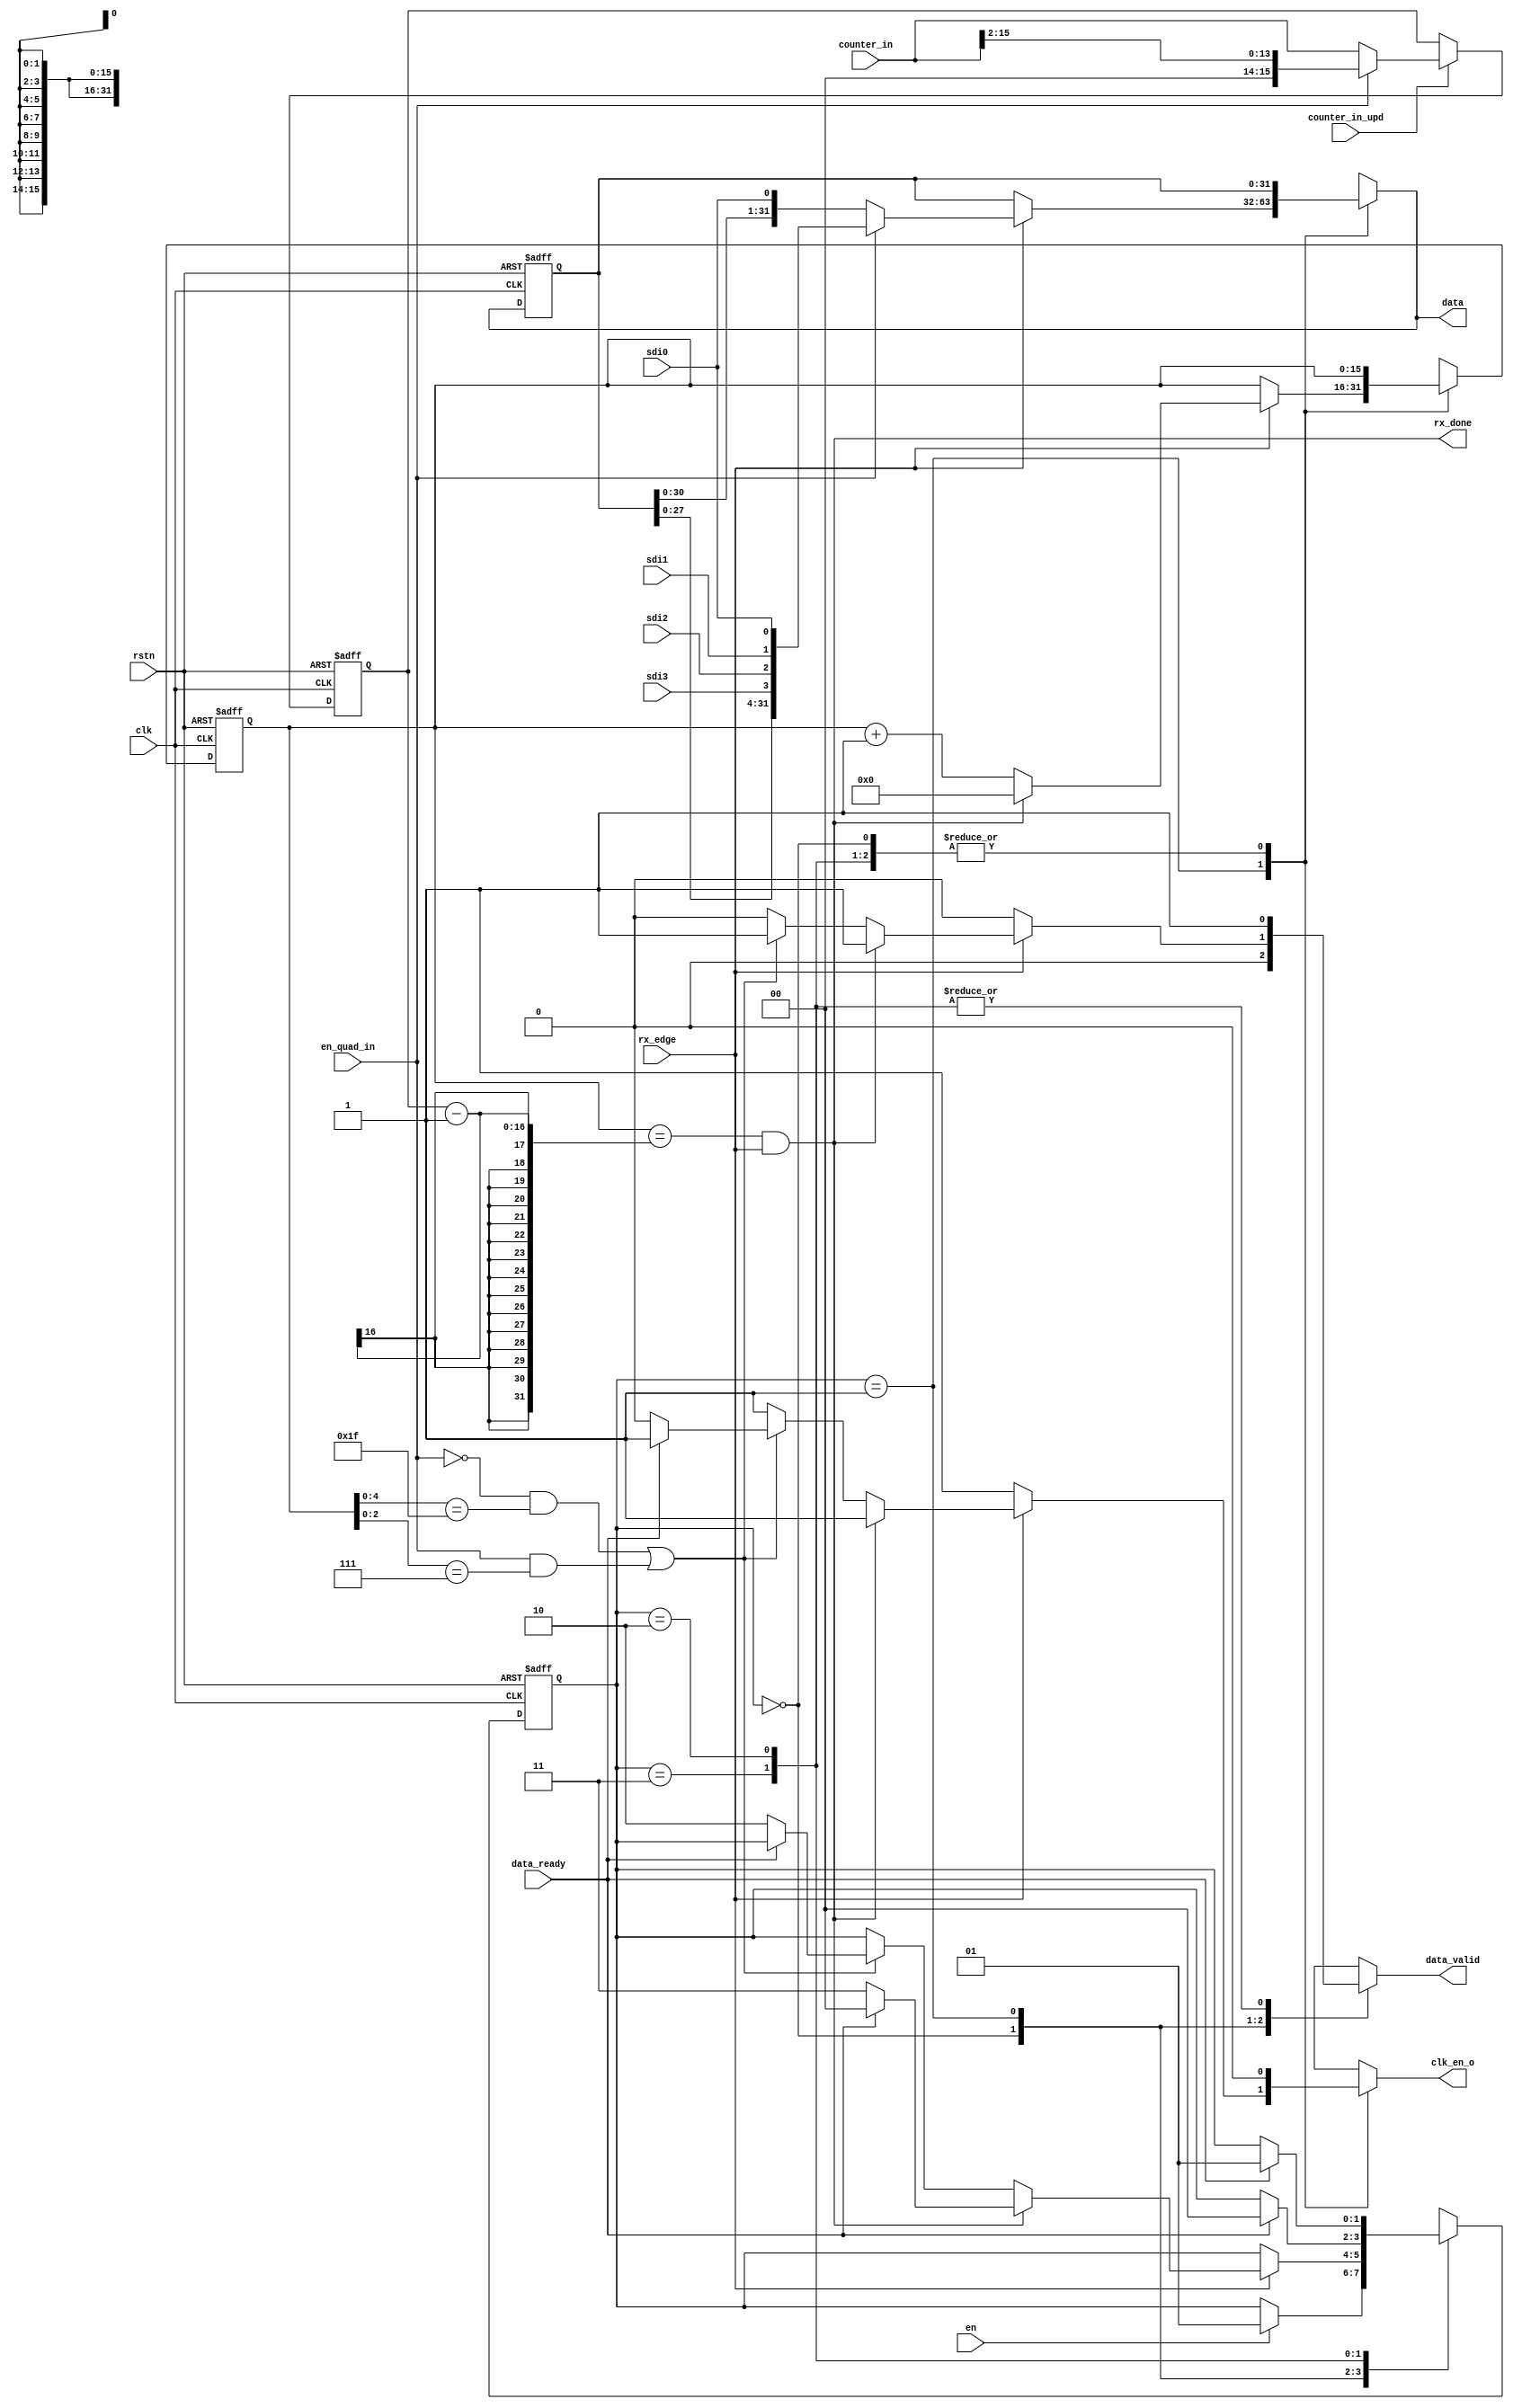
module spi_master_rx (
	clk,
	rstn,
	en,
	rx_edge,
	rx_done,
	sdi0,
	sdi1,
	sdi2,
	sdi3,
	en_quad_in,
	counter_in,
	counter_in_upd,
	data,
	data_ready,
	data_valid,
	clk_en_o
);
	input wire clk;
	input wire rstn;
	input wire en;
	input wire rx_edge;
	output wire rx_done;
	input wire sdi0;
	input wire sdi1;
	input wire sdi2;
	input wire sdi3;
	input wire en_quad_in;
	input wire [15:0] counter_in;
	input wire counter_in_upd;
	output wire [31:0] data;
	input wire data_ready;
	output reg data_valid;
	output reg clk_en_o;
	reg [31:0] data_int;
	reg [31:0] data_int_next;
	reg [15:0] counter;
	reg [15:0] counter_trgt;
	reg [15:0] counter_next;
	reg [15:0] counter_trgt_next;
	wire done;
	wire reg_done;
	reg [1:0] rx_CS;
	reg [1:0] rx_NS;
	assign reg_done = (!en_quad_in && (counter[4:0] == 5'b11111)) || (en_quad_in && (counter[2:0] == 3'b111));
	assign data = data_int_next;
	assign rx_done = done;
	always @(*)
		if (counter_in_upd)
			counter_trgt_next = (en_quad_in ? {2'b00, counter_in[15:2]} : counter_in);
		else
			counter_trgt_next = counter_trgt;
	assign done = (counter == (counter_trgt - 1)) && rx_edge;
	always @(*) begin
		rx_NS = rx_CS;
		clk_en_o = 1'b0;
		data_int_next = data_int;
		data_valid = 1'b0;
		counter_next = counter;
		case (rx_CS)
			2'd0: begin
				clk_en_o = 1'b0;
				if (en)
					rx_NS = 2'd1;
			end
			2'd1: begin
				clk_en_o = 1'b1;
				if (rx_edge) begin
					counter_next = counter + 1;
					if (en_quad_in)
						data_int_next = {data_int[27:0], sdi3, sdi2, sdi1, sdi0};
					else
						data_int_next = {data_int[30:0], sdi0};
					if (rx_done) begin
						counter_next = 0;
						data_valid = 1'b1;
						if (data_ready)
							rx_NS = 2'd0;
						else
							rx_NS = 2'd3;
					end
					else if (reg_done) begin
						data_valid = 1'b1;
						if (~data_ready) begin
							clk_en_o = 1'b0;
							rx_NS = 2'd2;
						end
					end
				end
			end
			2'd3: begin
				data_valid = 1'b1;
				if (data_ready)
					rx_NS = 2'd0;
			end
			2'd2: begin
				data_valid = 1'b1;
				if (data_ready)
					rx_NS = 2'd1;
			end
		endcase
	end
	always @(posedge clk or negedge rstn)
		if (rstn == 0) begin
			counter <= 0;
			counter_trgt <= 'h8;
			data_int <= 1'sb0;
			rx_CS <= 2'd0;
		end
		else begin
			counter <= counter_next;
			counter_trgt <= counter_trgt_next;
			data_int <= data_int_next;
			rx_CS <= rx_NS;
		end
endmodule